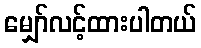
မျှော်လင့်ထားပါတယ်